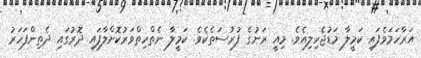
އަރާހަމަވެފައި ކަމީލާ މަޑުޖެހިލިއެވެ. މިއީ ރަނުގެ ފުރުސަތެކެވެ. ކަމީލާ ނެތްހިތްވަރުކޮށްލާފައި ދޮރުގައި ދެތިންފަހަރު